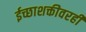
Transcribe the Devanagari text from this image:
ईच्छाशक्तीवरही